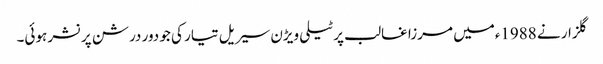
گلزار نے 1988ءمیں مرزا غالب پر ٹیلی ویڑن سیریل تیار کی جو دور درشن پرنشر ہوئی۔